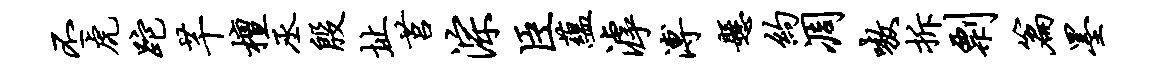
丕虎跎芊檀丞殷址莒淙臣蕴滹溥悬约凋嗷拆剽篇墨